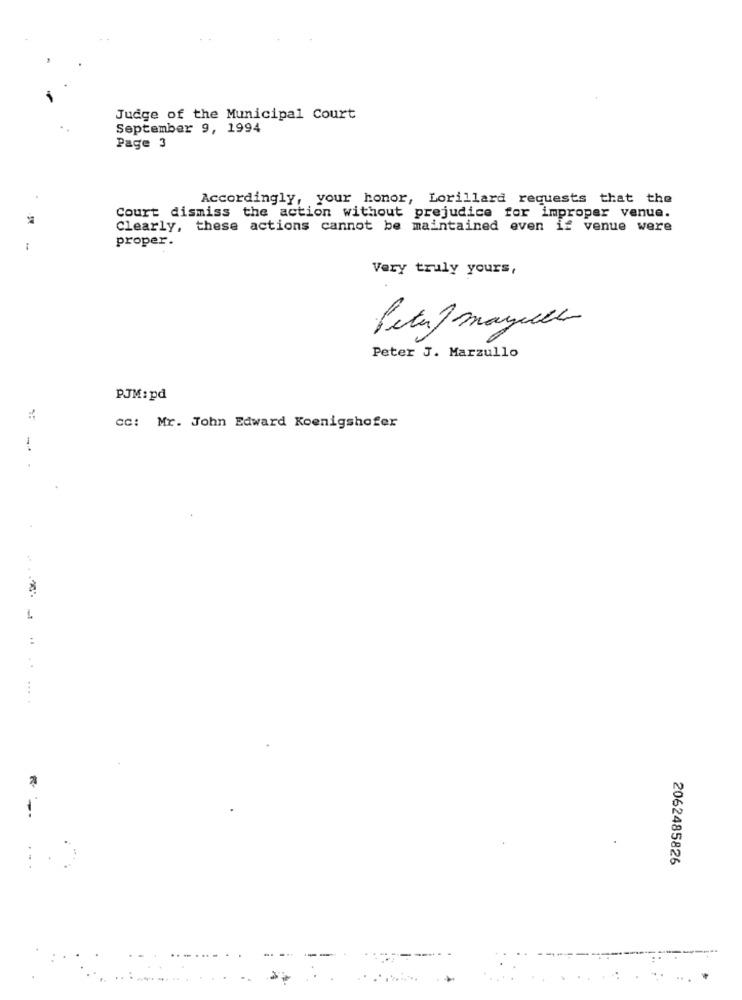
Judge of the Municipal Court
September 9, 1994
Page 3
Accordingly, your honor, Lorillard requests that the
Court dismiss the action without prejudice for improper venue.
Clearly, these actions cannot be maintained even if venue were
proper.
Very truly yours,
Petaf mayel
Peter J. Marzullo
PJM: pd
CC: Mr. John Edward Koenigshofer
-
2062485826